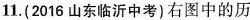
11.(2016山东临沂中考)右图中的历